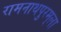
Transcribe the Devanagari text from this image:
रामनाथपुरम्‌ला